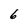
Character: 6